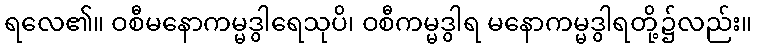
ရလေ၏။ ဝစီမနောကမ္မဒွါရေသုပိ၊ ဝစီကမ္မဒွါရ မနောကမ္မဒွါရတို့၌လည်း။